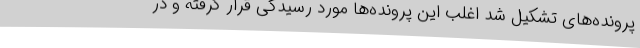
پرونده‌های تشکیل شد اغلب این پرونده‌ها مورد رسیدگی قرار گرفته و در